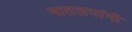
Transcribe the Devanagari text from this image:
नातलगांनी